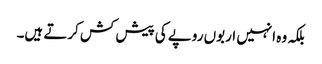
بلکہ وہ انہیں اربوں روپے کی پیش کش کرتے ہیں۔